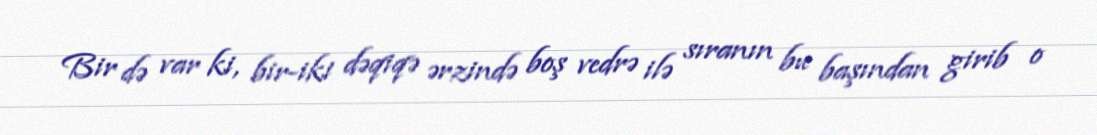
Bir də var ki, bir-iki dəqiqə ərzində boş vedrə ilə sıranın bu başından girib o